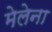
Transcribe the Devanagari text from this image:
मेलेना